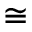
\cong